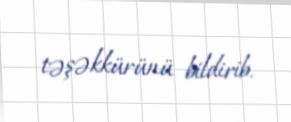
təşəkkürünü bildirib.